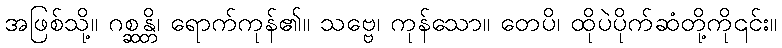
အဖြစ်သို့။ ဂစ္ဆန္တိ၊ ရောက်ကုန်၏။ သဗ္ဗေ၊ ကုန်သော။ တေပိ၊ ထိုပဲပိုက်ဆံတို့ကို၎င်း။